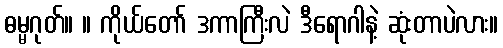
ဓမ္မဂုတ်။ ။ ကိုယ်တော် ဒကာကြီးလဲ ဒီရောဂါနဲ့ ဆုံးတာပဲလား။